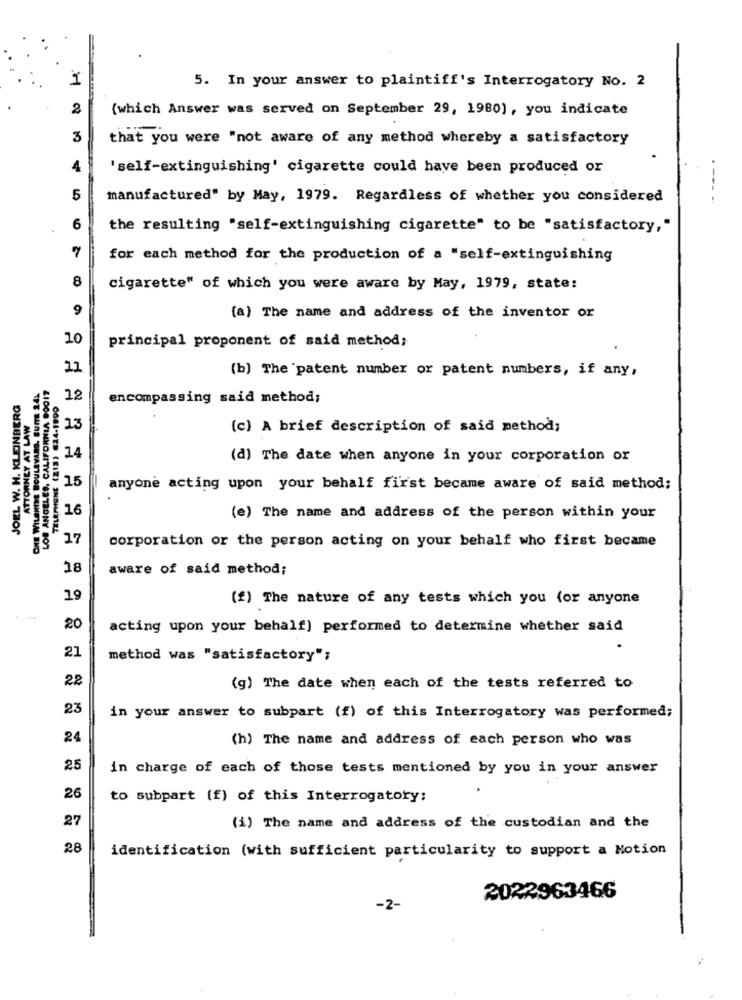
1
5. In your answer to plaintiff's Interrogatory No. 2
(which Answer was served on September 29, 1980), you indicate
3
that you were "not aware of any method whereby a satisfactory
'self-extinguishing' cigarette could have been produced or
5
manufactured" by May, 1979. Regardless of whether you considered
6
the resulting "self-extinguishing cigarette" to be "satisfactory,"
for each method for the production of a "self-extinguishing
8
cigarette" of which you were aware by May, 1979, state:
9
(a) The name and address of the inventor or
10
principal proponent of said method;
11
(b) The patent number or patent numbers, if any,
JOEL W. H. KLEINBERG
12
encompassing said method;
ATTORNEY AT LAW
23
(c) A brief description of said method;
14
(d) The date when anyone in your corporation or
15
anyone acting upon your behalf first became aware of said method;
16
(e) The name and address of the person within your
17
SI-VED (EIZ) INGHAMEL
corporation or the person acting on your behalf who first became
VINHOATTYS 'SSTRONY 807
18
aware of said method;
19
(f) The nature of any tests which you (or anyone
..
20
acting upon your behalf) performed to determine whether said
21
method was "satisfactory";
22
(g) The date when each of the tests referred to
23
in your answer to subpart (f) of this Interrogatory was performed;
24
(h) The name and address of each person who was
25
in charge of each of those tests mentioned by you in your answer
26
to subpart (f) of this Interrogatory;
27
(i) The name and address of the custodian and the
28
identification (with sufficient particularity to support a Motion
2022963466
-2-